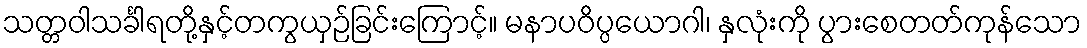
သတ္တဝါသင်္ခါရတို့နှင့်တကွယှဉ်ခြင်းကြောင့်။ မနာပဝိပ္ပယောဂါ၊ နှလုံးကို ပွားစေတတ်ကုန်သော